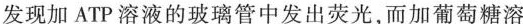
发现加ATP溶液的玻璃管中发出荧光，而加葡萄糖溶